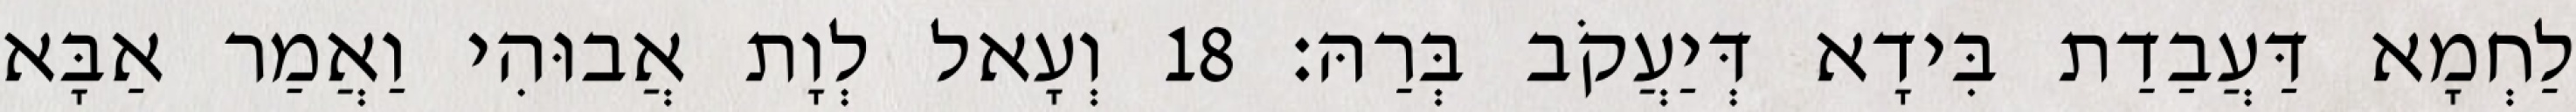
לַחְמָא דַּעֲבַדַת בִּידָא דְּיַעֲקֹב בְּרַהּ׃ 18 וְעָאל לְוָת אֲבוּהִי וַאֲמַר אַבָּא